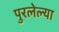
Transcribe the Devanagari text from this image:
पुरलेल्या